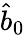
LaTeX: {\hat{b}}_{0}